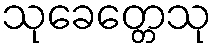
သုခေတ္တေသု